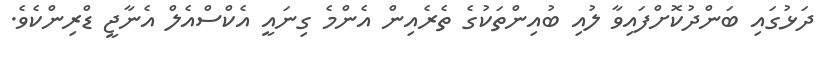
ދަޅުގައި ބަންދުކޮށްފައިވާ ލުއި ބުއިންތަކުގެ ތެރެއިން އެންމެ ގިނައީ އެކްސްއެލް އެނާޖީ ޑްރިންކެވެ.